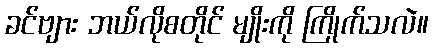
ခင်ဗျား ဘယ်လိုစတိုင် မျိုးကို ကြိုက်သလဲ။